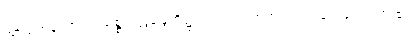
အာယတန၊ ဓာတ်၊ သစ္စာ၊ ဣန္ဒြေတို့၌ သွင်းပြ၍ အကျယ်ဝေဖန်၍ ဟောထား၏။